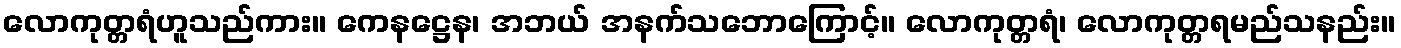
လောကုတ္တရံဟူသည်ကား။ ကေနဋ္ဌေန၊ အဘယ် အနက်သဘောကြောင့်။ လောကုတ္တရံ၊ လောကုတ္တရမည်သနည်း။